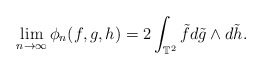
\begin{align*}\lim_{n \to \infty} \phi_{n}(f,g,h) = 2\int_{\mathbb{T}^{2}} \tilde{f}d\tilde{g} \wedge d\tilde{h}.\end{align*}